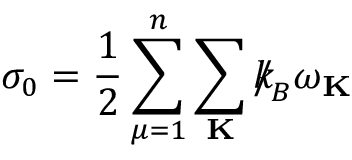
\sigma _ { 0 } = \frac { 1 } { 2 } \sum _ { \mu = 1 } ^ { n } \sum _ { \bf K } { \slash \! \! \! k } _ { \! { B } } \omega _ { \bf K }